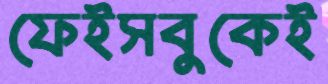
ফেইসবুকেই